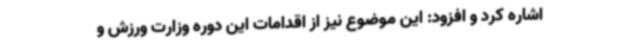
اشاره کرد و افزود: این موضوع نیز از اقدامات این دوره وزارت ورزش و